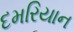
દમરિયાન